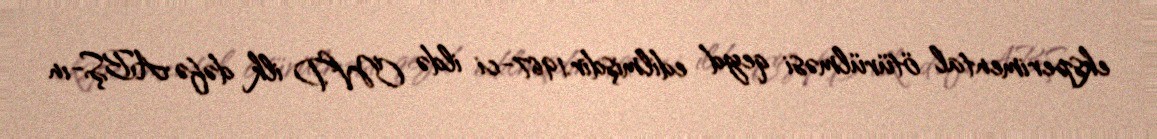
eksperimental ötürülməsi qeyd edilmişdir.1967-ci ildə CWD ilk dəfə ABŞ-ın